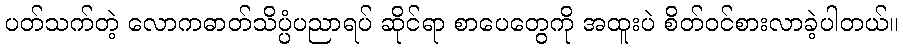
ပတ်သက်တဲ့ လောကဓာတ်သိပ္ပံပညာရပ် ဆိုင်ရာ စာပေတွေကို အထူးပဲ စိတ်ဝင်စားလာခဲ့ပါတယ်။